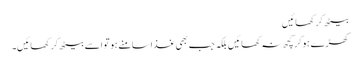
بیٹھ کر کھائیں
کھڑے ہوکر کچھ نہ کھائیں بلکہ جب بھی غذا سامنے ہو تو اسے بیٹھ کر کھائیں۔